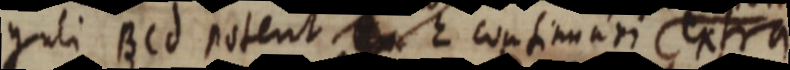
guli BCd potent _ E continuari extra